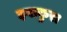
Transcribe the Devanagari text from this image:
इवाकुरा